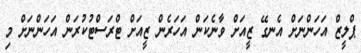
ޕްލީޒް އަހަންނަށް އެނގޭ ޒީއަށް ވާނެކަން އަހަރެން ޒީއަށް ޓްރަސްޓުކުރަން އަހަންނަށް މި